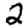
Digit: 2